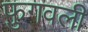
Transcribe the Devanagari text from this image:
फुगवली